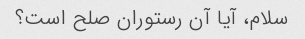
سلام، آیا آن رستوران صلح است؟